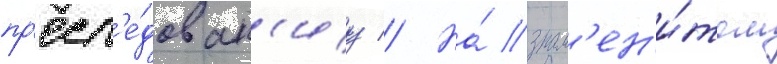
пр'есл'е́дован'иу // На́ знам'ен'и́том